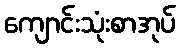
ကျောင်းသုံးစာအုပ်